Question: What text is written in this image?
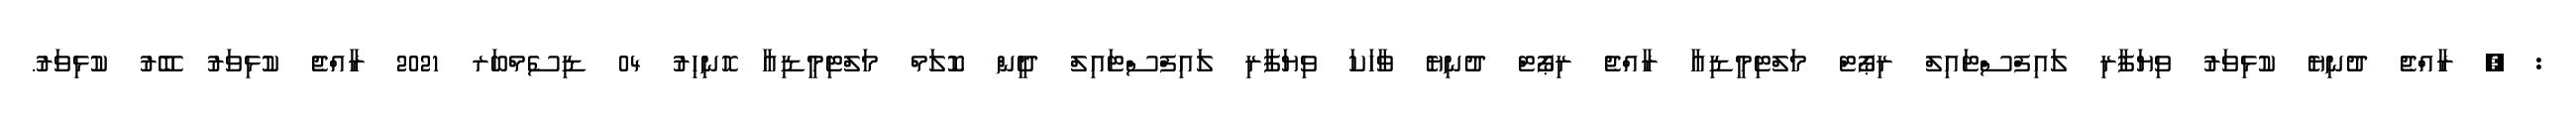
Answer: : , ރާއްޖެ ދުނިޔެ ކުޅިވަރު ވިޔަފާރި ލައިފްސްޓައިލް ރިޕޯޓް މަލްޓިމީޑިއާ ރާއްޖެ ރިޕޯޓް ދުނިޔެ ވާހަކަ ވިޔަފާރި ލައިފްސްޓައިލް ދީން ކޮލަމް މަލްޓިމީޑިއާ ހޮނިހިރު 04 ޑިސެމްބަރ 2021 ރާއްޖެ ކުޅިވަރު ބޭރު ކުޅިވަރު.